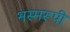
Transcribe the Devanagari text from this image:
भस्मरूपी